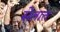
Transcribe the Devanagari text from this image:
सेतात